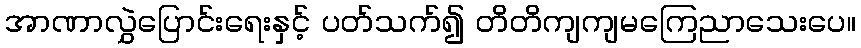
အာဏာလွှဲပြောင်းရေးနှင့် ပတ်သက်၍ တိတိကျကျမကြေညာသေးပေ။